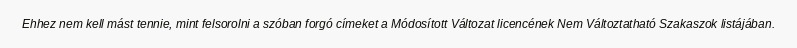
Ehhez nem kell mást tennie, mint felsorolni a szóban forgó címeket a Módosított Változat licencének Nem Változtatható Szakaszok listájában.